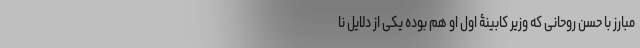
مبارز با حسن روحانی که وزیر کابینۀ اول او هم بوده یکی از دلایل نا